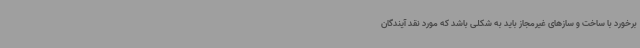
برخورد با ساخت و سازهای غیرمجاز باید به شکلی باشد که مورد نقد آیندگان